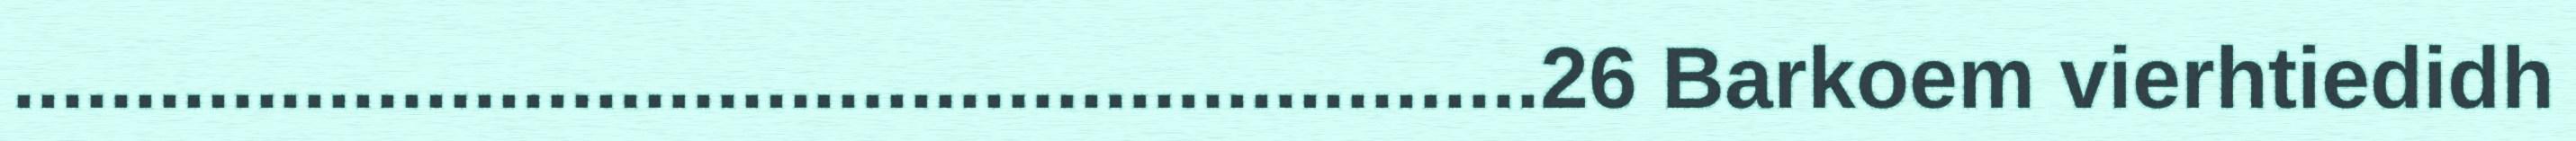
...............................................................26 Barkoem vierhtiedidh